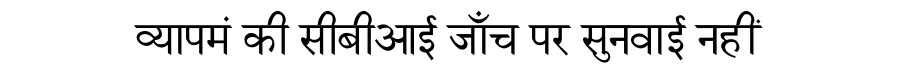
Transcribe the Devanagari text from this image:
व्यापमं की सीबीआई जाँच पर सुनवाई नहीं